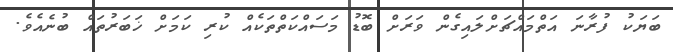
ބަޔަކު ފުރާނަ އަތްމައްޗަށްލައިގެން ވަރަށް ބޮޑު މަސައްކަތްތަކެއް ކުރި ކަމަށް ޚަބަރުތައް ބުނެއެވެ.